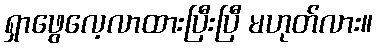
ရှာဖွေလေ့လာထားပြီးပြီ မဟုတ်လား။